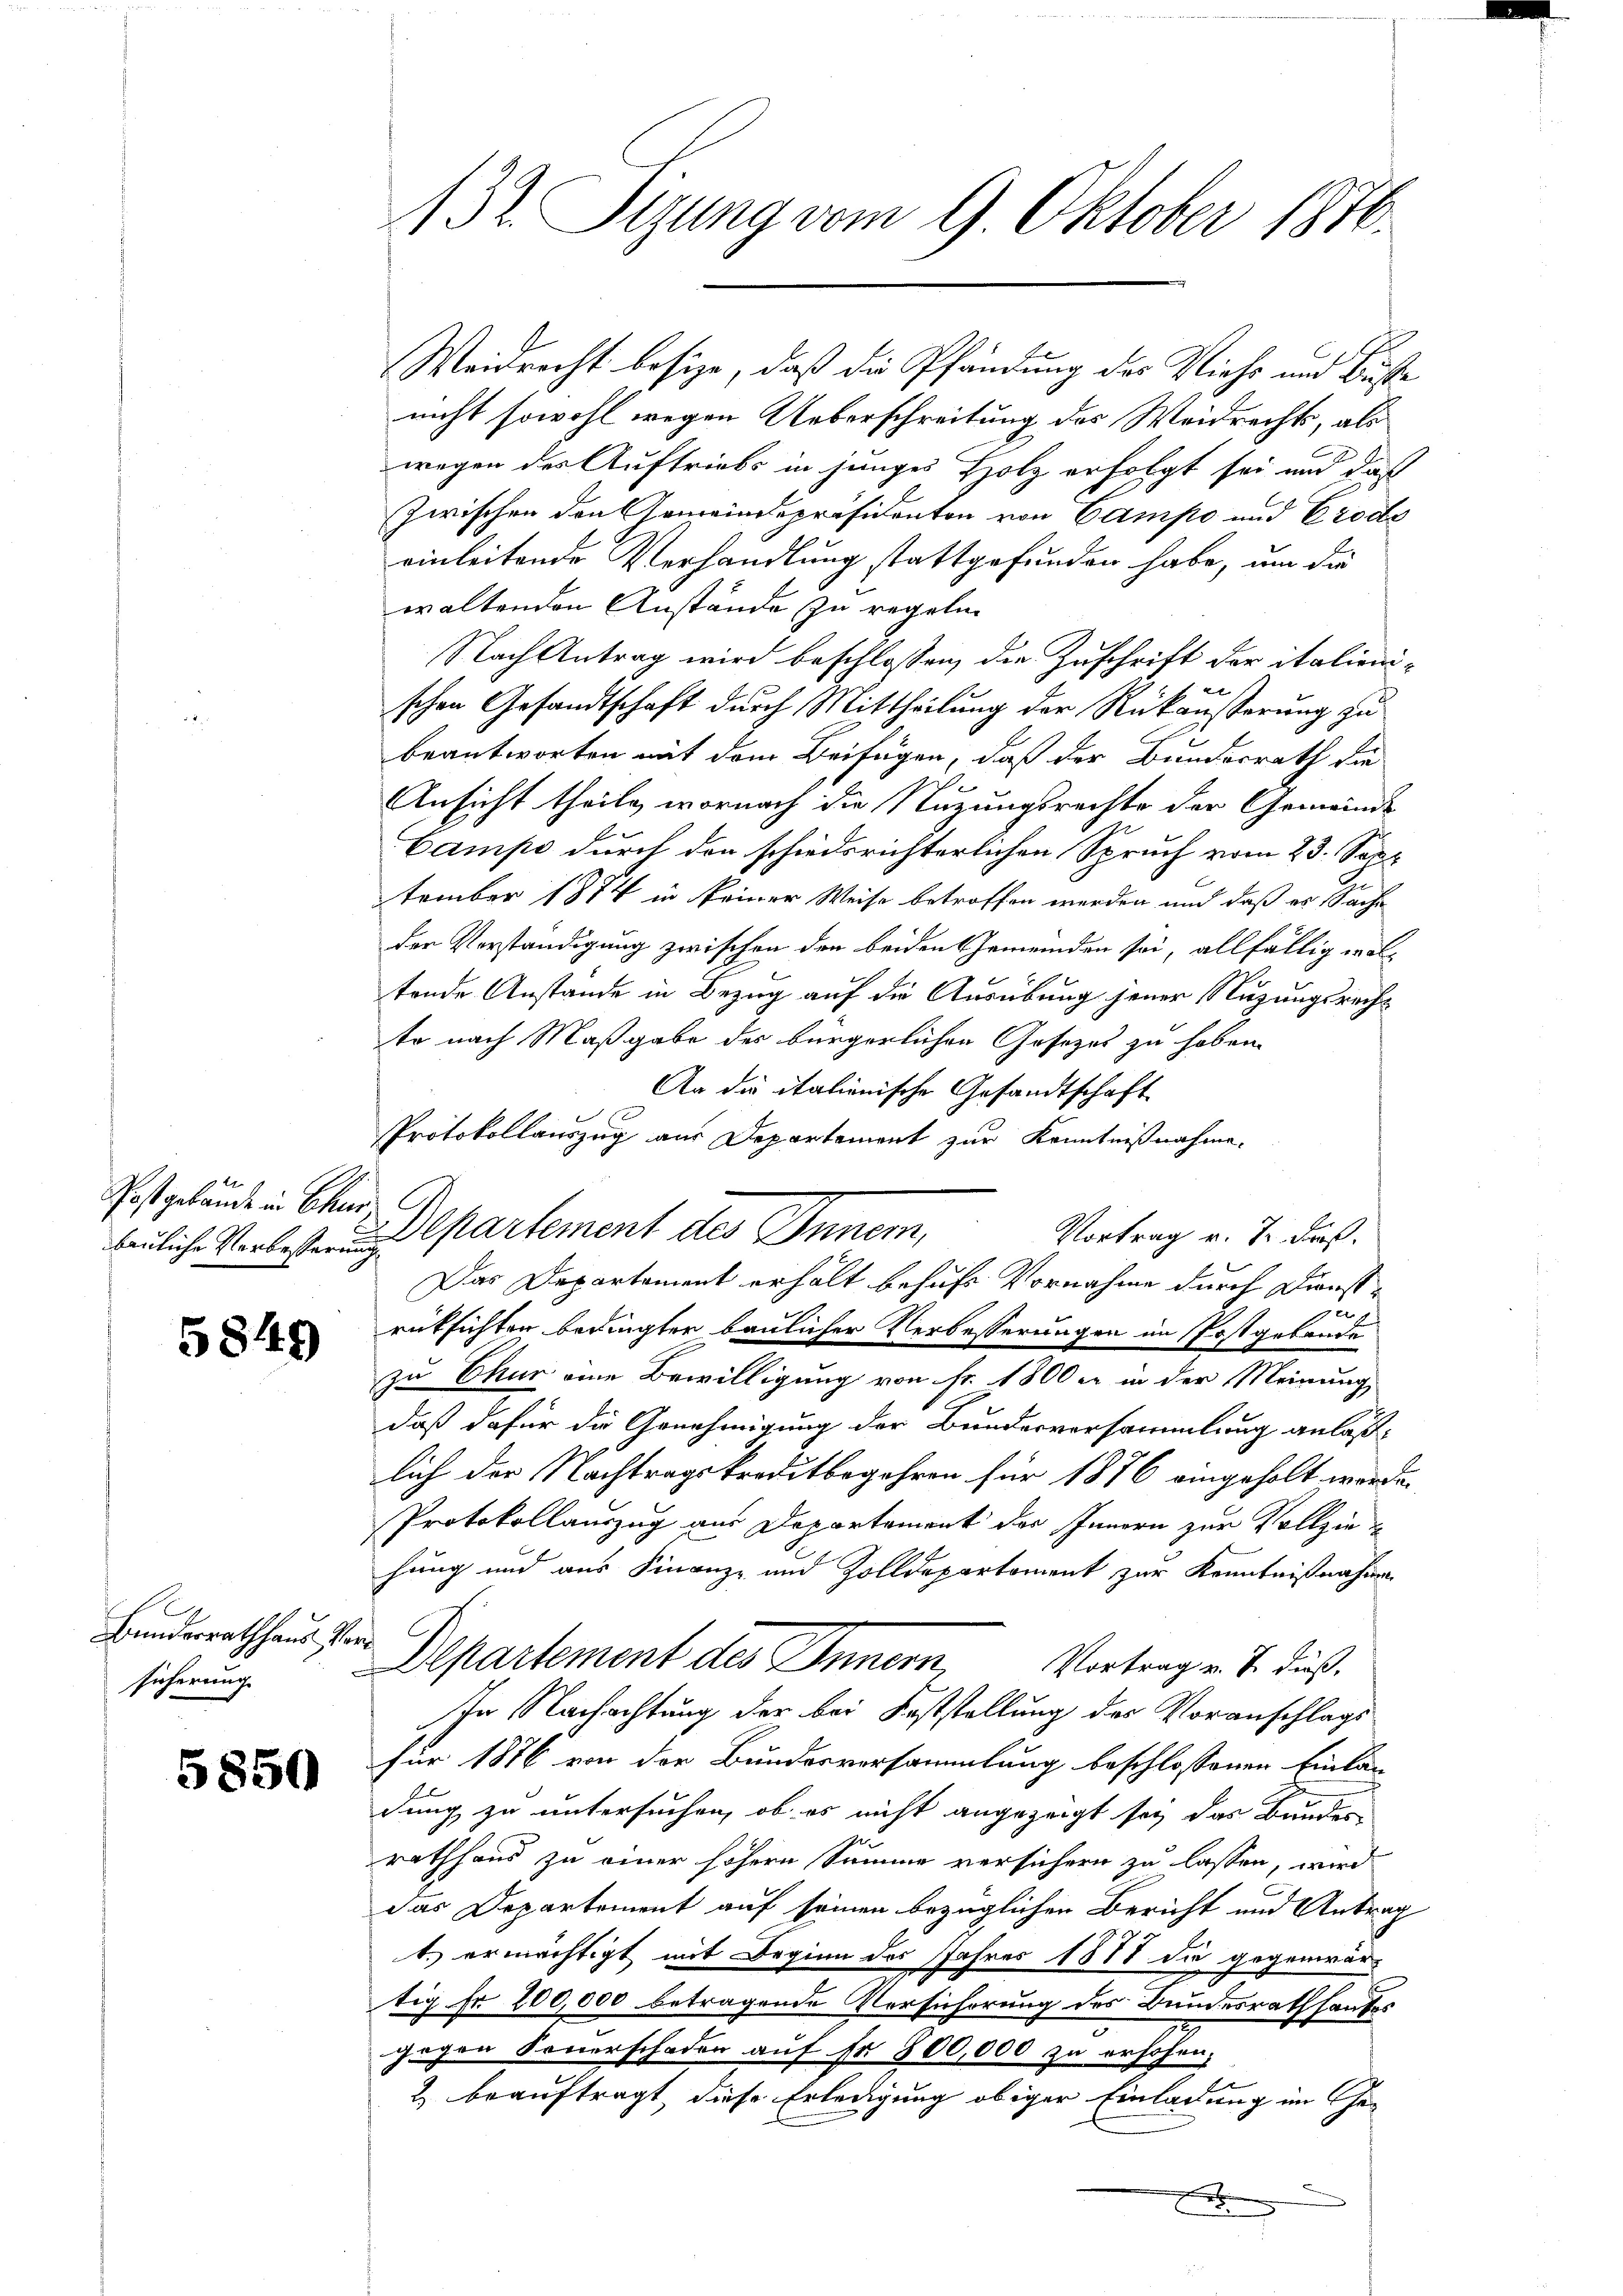
Post gebäude in Bier

5849

E
Bundesrathhaus Vorsicherung

5850

132. Sizung vom 9. Oktober 1870.

nicht sowohl wegen Ueberschreitung des Weidrechts, als
wegen des Auftriebs in junges Holz erfolgt sei und daß
zwischen den Gemeindepräsidenten von Campo und Crode
einleitende Verhandlung stattgefunden habe, um die
waltenden Anstände zu regeln
Nach Antrag wird beschlossen, die Zuschrift der italienischen Gesandtschaft durch Mittheilung der Rückäußerung zu
beantworten mit dem Beifügen, daß der Bundesrath die
t
Ansicht theile, wornach die Anzungsrechte der Gemeinde
Campe durch den schiedsrichterlichen Spruch vom 23. Sept.
tember 1874 in keiner Weise betroffen werden und daß es Sache
der Verständigung zwischen den beiden Gemeinden sei, allfällig waltende Anstande in Bezug auf die Ausübung jener Nutzungsrecht
te nach Maßgabe des bürgerlichen Gesetzes zu haben.
An die italienische Gesandtschaft
Protokollauszug aus Departement zur Kenntnißnahme.
Vortrag v. J. Fuß.
bauliche Vorlesen und partement des Inner,
Das Departement erhält behufs Vornahme durch Dienstrüksichten bedingter baulicher Verbesserungen im Postgebäude
zu Chur eine Bewilligung von Fr. 1800 er in der Meinung
daß dafür die Genehmigung der Bundesversammlung anlaßlich der Nachtragskreditbegehren für 1876 eingeholt werde.
Protokollauszug aus Departement des Innern zur Vollziehung und aus Finanz- und Zolldepartement zur Kenntnißnahme
Departement des Innern, Vortrag v. J. Fuß.
In Nachachtung der bei Feststellung des Voranschlags
für 1876 von der Bundesversammlung beschlossenen Einla-
dung zu untersuchen, ob es nicht angezeigt sey das Bundes
rathhaus zu einer höhern Summe versichern zu lassen, wird
das Departement auf seinen bezüglichen Bericht und Antrag
t. ermächtigt mit Beginn des Jahres 1878 die gegenwär-
tig fr 200,000 betragende Versicherung des Bundesrath hauses
gegen Feuerschaden auf Fr. 800,000 zu erhohen,
& beauftragt, diese Erledigung obiger Einladung im Ge¬

C

Weidrecht besize, daß die Pfändung des Viehs und Buße